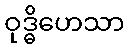
ဝုဒ္ဓိဟေသာ